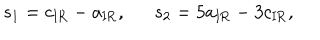
s _ { 1 } = c _ { \mathrm { I R } } - a _ { \mathrm { I R } } , s _ { 2 } = 5 a _ { \mathrm { I R } } - 3 c _ { \mathrm { I R } } ,